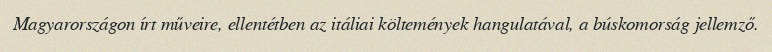
Magyarországon írt műveire, ellentétben az itáliai költemények hangulatával, a búskomorság jellemző.